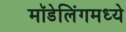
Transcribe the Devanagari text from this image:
मॉडेलिंगमध्ये